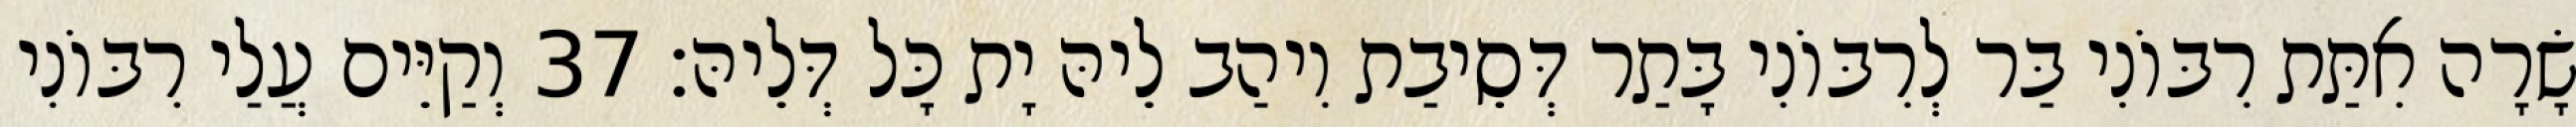
שָׂרָה אִתַּת רִבּוֹנִי בַּר לְרִבּוֹנִי בָּתַר דְּסֵיבַת וִיהַב לֵיהּ יָת כָּל דְּלֵיהּ׃ 37 וְקַיֵּים עֲלַי רִבּוֹנִי